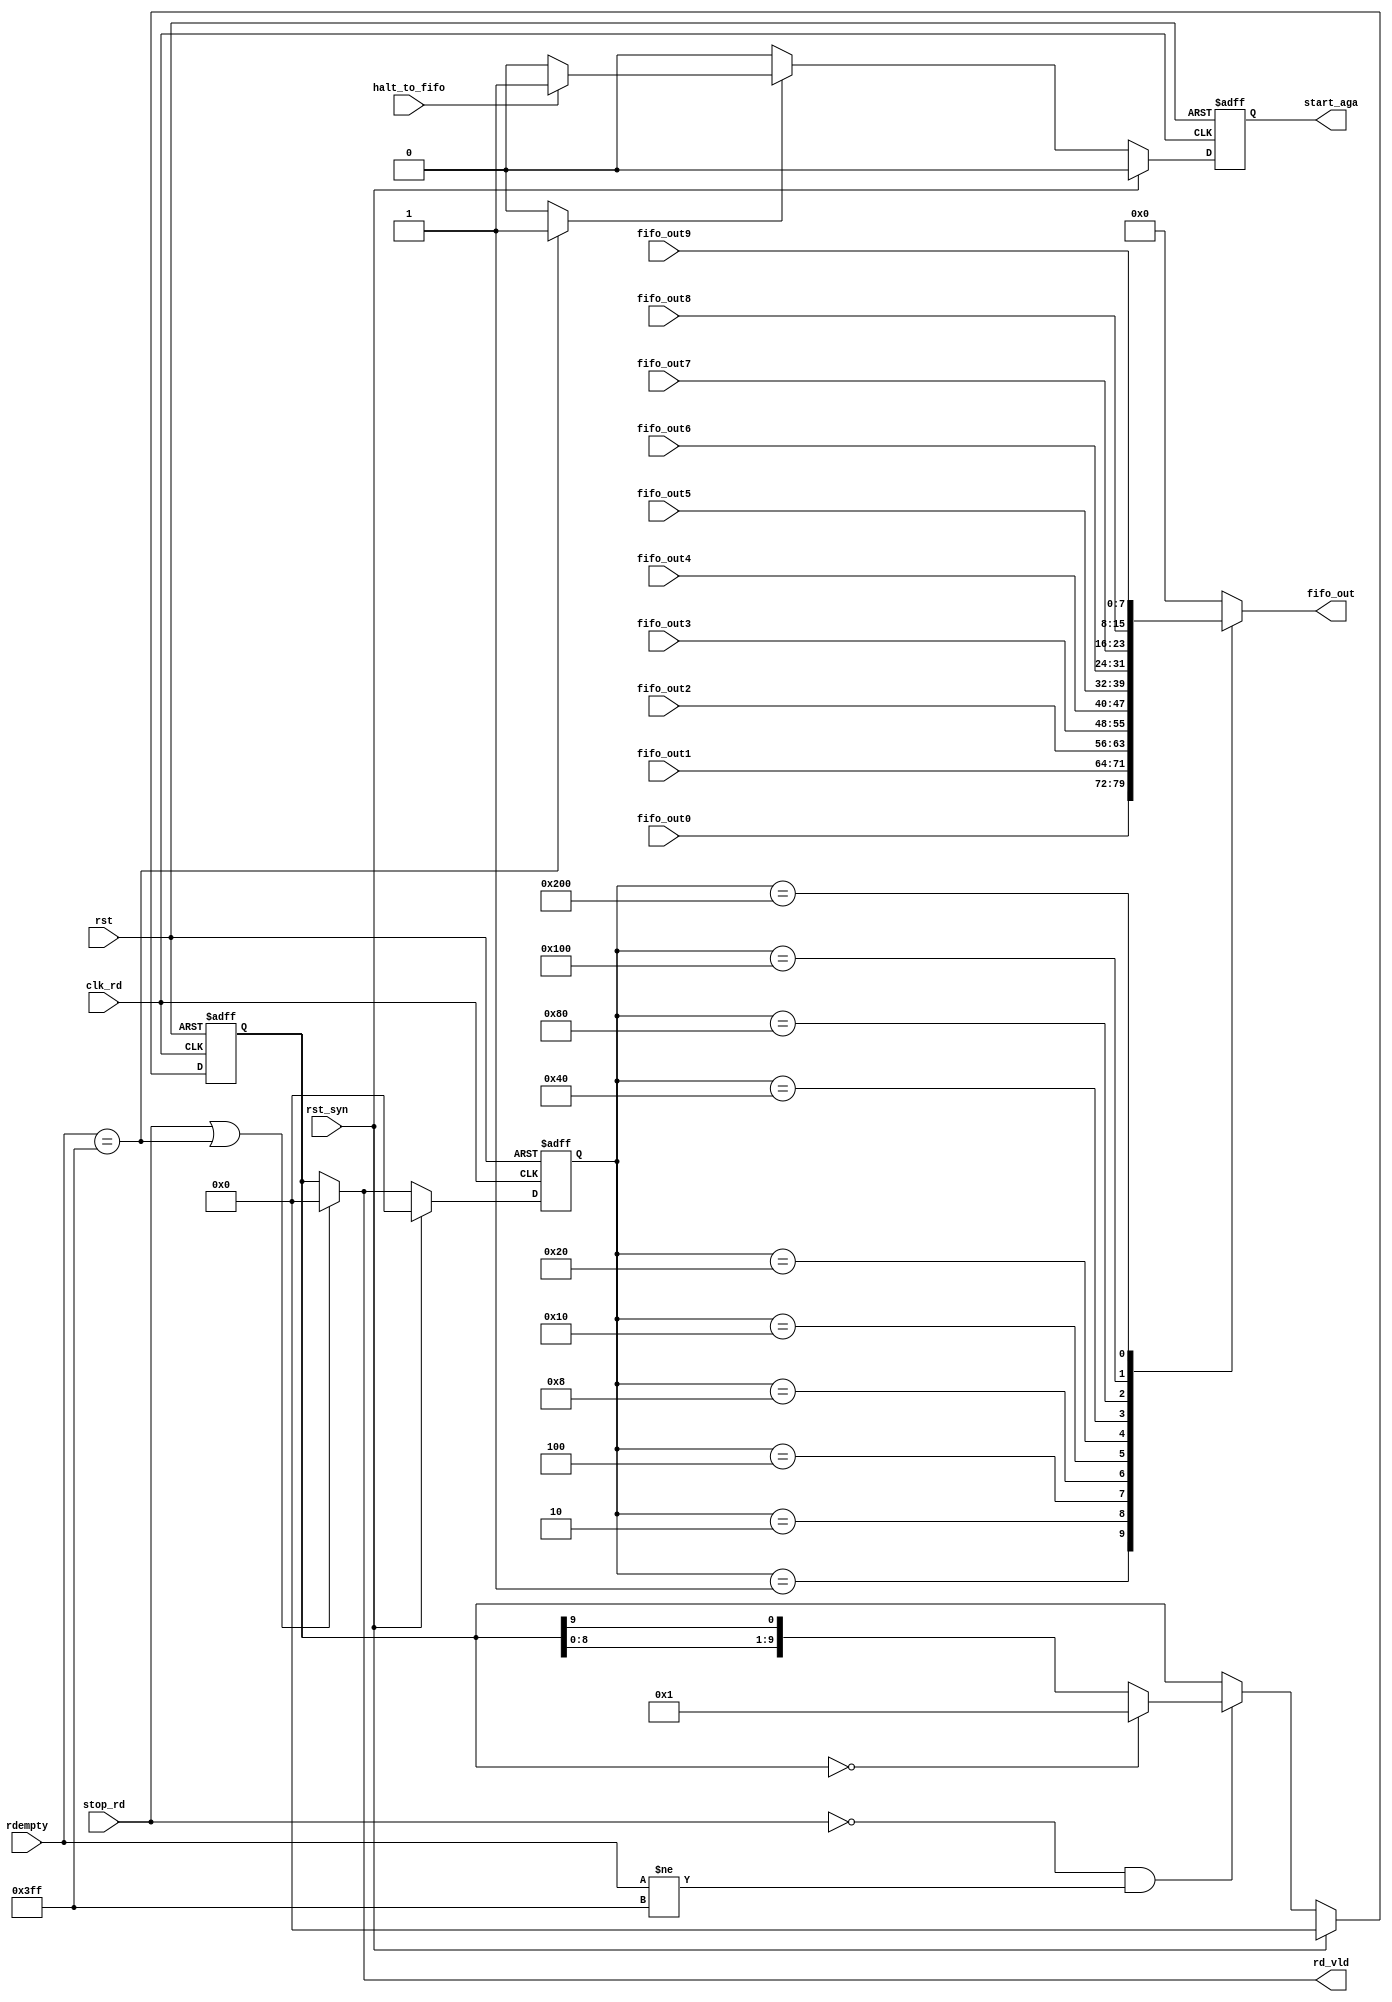
`timescale 1ns/10ps
module read_fifo(//output
                 fifo_out,
                 rd_vld,
				 start_aga,
				 //input
				 fifo_out0,
				 fifo_out1,
				 fifo_out2,
				 fifo_out3,
				 fifo_out4,
				 fifo_out5,
				 fifo_out6,
				 fifo_out7,
				 fifo_out8,
				 fifo_out9,
				 rdempty,
				 stop_rd,
				 clk_rd,
				 halt_to_fifo,
				 rst,
				 rst_syn	);
	
    output [7:0] fifo_out;
	output start_aga;		// to  bpc_read_control
	output [9:0] rd_vld;
	
	input [7:0] fifo_out0;
	input [7:0] fifo_out1;
	input [7:0] fifo_out2;
	input [7:0] fifo_out3;
	input [7:0] fifo_out4;
	input [7:0] fifo_out5;
	input [7:0] fifo_out6;
	input [7:0] fifo_out7;
	input [7:0] fifo_out8;
	input [7:0] fifo_out9;
	input [9:0] rdempty;
	input       stop_rd;
	input       clk_rd;
	input       rst;
	input       rst_syn;
	input halt_to_fifo;
	
    reg [9:0] rd_vld_reg;
	reg [9:0] rd_vld_n;
	

	reg start_aga;
	wire start_aga_1;
	assign start_aga_1=((rdempty==10'b1111111111))?1'b1:1'b0;

	
	  always@(posedge clk_rd or negedge rst)begin
		if(!rst)begin
			start_aga<=1'b0;
		end
		else if(rst_syn)begin
			start_aga<=1'b0;
		end
		else if(start_aga_1==1'b1)begin
			 if(halt_to_fifo==1'b1)begin
				start_aga<=1'b1;
			end
			else begin
				start_aga<=1'b0;
			end
		end	
		else begin
			start_aga<=1'b0;
		end
	end   

	always@(posedge clk_rd or negedge rst) begin
	    if(!rst) begin
		    rd_vld_reg <= 10'b0;
		end
		else if(rst_syn)begin
			rd_vld_reg <= 10'b0;
		end
		else begin
		    rd_vld_reg <= rd_vld_n;
		end
	end
	
	always@(*) begin
	    rd_vld_n = rd_vld_reg;
	if((stop_rd == 1'b0)&&(rdempty!=10'b1111111111))begin
			if(rd_vld_reg == 10'b0) begin
			    rd_vld_n = 10'b0000000001;
			end
			else begin
		        rd_vld_n = {rd_vld_reg[8:0],rd_vld_reg[9]};
			end
		end
	end
	
	wire [9:0] rd_vld;
	assign rd_vld = ((stop_rd == 1'b1)||(rdempty==10'b1111111111))? 10'b0:rd_vld_reg;

	reg [9:0]rd_vld_delay1;
	always@(posedge clk_rd or negedge rst) begin
	  if(!rst) begin
	    rd_vld_delay1 <= 10'b0;
	  end
	  else if(rst_syn)begin
		rd_vld_delay1 <= 10'b0;
	  end
	  else begin
	    rd_vld_delay1 <= rd_vld;
	  end
	end
	
	reg [7:0] fifo_out;
	always@(*) begin
	    case(rd_vld_delay1)
		    10'b0000000001: begin
			    fifo_out = fifo_out0;
			end
			10'b0000000010: begin
			    fifo_out = fifo_out1;
			end
			10'b0000000100: begin
			    fifo_out = fifo_out2;
			end
			10'b0000001000: begin
			    fifo_out = fifo_out3;
			end
			10'b0000010000: begin
			    fifo_out = fifo_out4;
			end
			10'b0000100000: begin
			    fifo_out = fifo_out5;
			end
			10'b0001000000: begin
			    fifo_out = fifo_out6;
			end
			10'b0010000000: begin
			    fifo_out = fifo_out7;
			end
			10'b0100000000: begin
			    fifo_out = fifo_out8;
			end
			10'b1000000000: begin
			    fifo_out = fifo_out9;
			end
			default: begin
			    fifo_out = 8'b0;
			end
		endcase
	end
	
	

endmodule